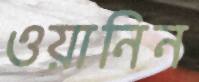
ওয়ানিন